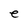
Character: e